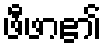
ဖီဖာ၏